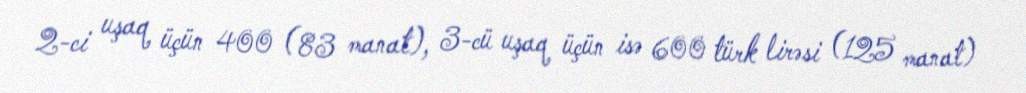
2-ci uşaq üçün 400 (83 manat), 3-cü uşaq üçün isə 600 türk lirəsi (125 manat)